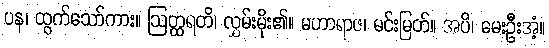
ပန၊ ထွက်သော်ကား။ ဩတ္ထရတိ၊ လွှမ်းမိုး၏။ မဟာရာဇ၊ မင်းမြတ်။ အပိ၊ မေးဦးအံ့။